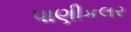
પાણીકલર